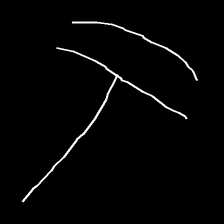
Glyph: dispersion